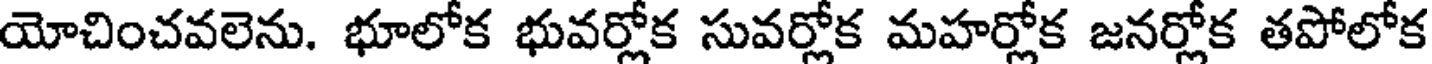
యోచించవలెను. భూలోక భువర్లోక సువర్లోక మహర్లోక జనర్లోక తపోలోక